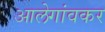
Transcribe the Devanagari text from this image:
आलेगांवकर